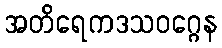
အတိရေကဒသဝဂ္ဂေန